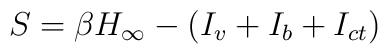
S =  \beta H_\infty - (I_v + I_b + I_{ct})